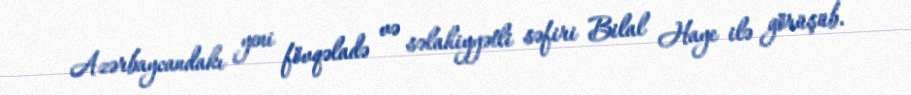
Azərbaycandakı yeni fövqəladə və səlahiyyətli səfiri Bilal Haye ilə görüşüb.